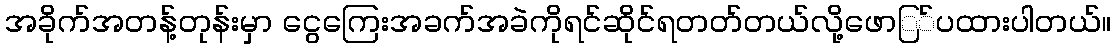
အခိုက်အတန့်တုန်းမှာ ငွေကြေးအခက်အခဲကိုရင်ဆိုင်ရတတ်တယ်လို့ဖောြ်ပထားပါတယ်။